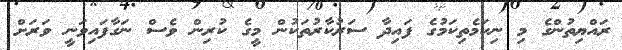
ރައްޔިތުންގެ މި ނިކަމެތިކަމުގެ ފައިދާ ސަރުކާރުތަކުން މީގެ ކުރިން ވެސް ނަގާފައިވަނީ ވަރަށް